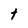
Character: t